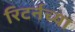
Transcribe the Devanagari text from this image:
रिटर्नच्या